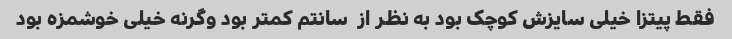
فقط پیتزا خیلی سایزش کوچک بود به نظر از  سانتم کمتر بود وگرنه خیلی خوشمزه بود